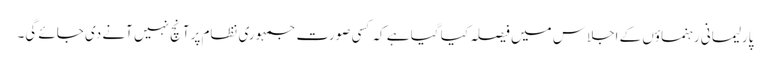
پارلیمانی رہنماؤں کے اجلاس میں فیصلہ کیا گیا ہے کہ کسی صورت جمہوری نظام پرآنچ نہیں آنے دی جائے گی۔